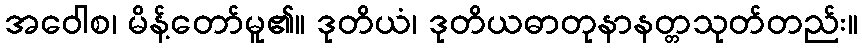
အဝေါစ၊ မိန့်တော်မူ၏။ ဒုတိယံ၊ ဒုတိယဓာတုနာနတ္တသုတ်တည်း။